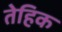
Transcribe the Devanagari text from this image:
तेहिक